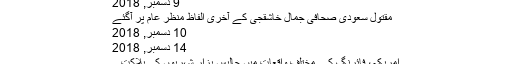
وزیراعظم
9 دسمبر, 2018
مقتول سعودی صحافی جمال خاشقجی کے آخری الفاظ منظر عام پر آگئے
10 دسمبر, 2018
14 دسمبر, 2018
امریکہ، فائرنگ کے مختلف واقعات میں چالیس ہزار شہریوں کی ہلاکت...
پنجاب میں کوئی کام نہیں ہو رہا، چیف جسٹس پنجاب حکومت...